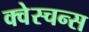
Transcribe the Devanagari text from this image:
क्वेस्चन्स